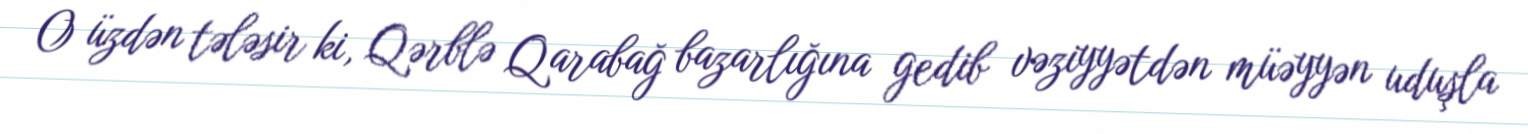
O üzdən tələsir ki, Qərblə Qarabağ bazarlığına gedib vəziyyətdən müəyyən uduşla